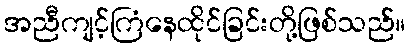
အညီကျင့်ကြံနေထိုင်ခြင်းတို့ဖြစ်သည်။